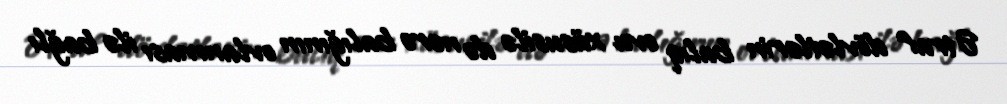
Ətraf dövlətlərin balıq ovu xüsusilə də nərə balığının ovlanması ilə bağlı